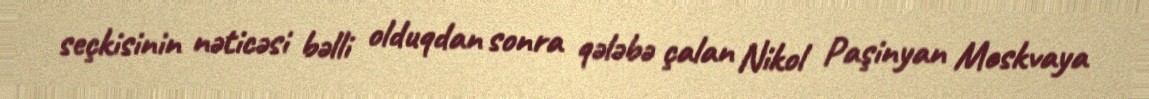
seçkisinin nəticəsi bəlli olduqdan sonra qələbə çalan Nikol Paşinyan Moskvaya